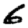
Digit: 6